Rangoon Lunatic Asylum 1878-1892 - 1878-1892
Year: 1878
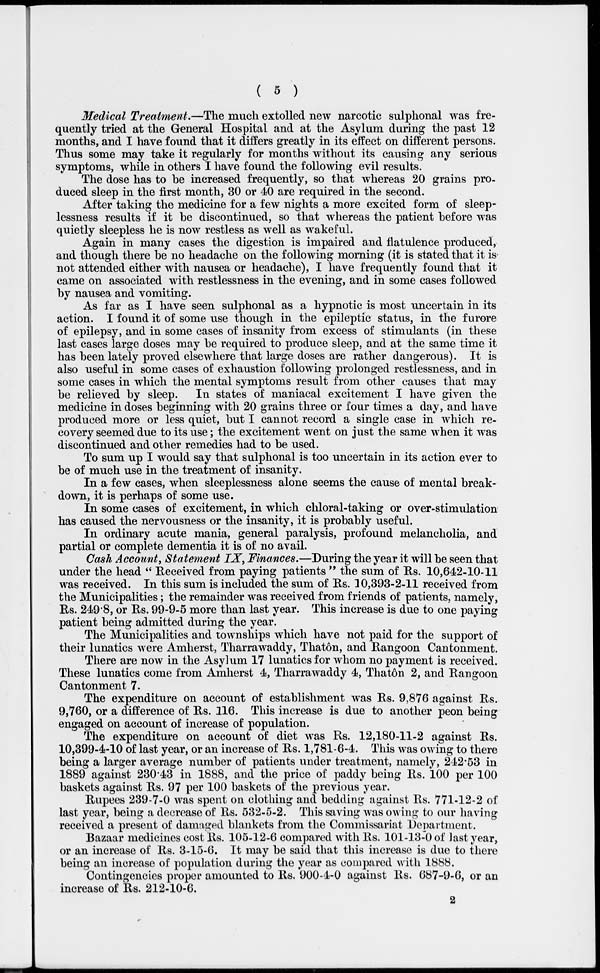
( 5 )
Medical Treatment.—The much extolled new narcotic sulphonal was fre-
quently tried at the General Hospital and at the Asylum during the past 12
months, and I have found that it differs greatly in its effect on different persons.
Thus some may take it regularly for months without its causing any serious
symptoms, while in others I have found the following evil results.
The dose has to be increased frequently, so that whereas 20 grains pro-
duced sleep in the first month, 30 or 40 are required in the second.
After taking the medicine for a few nights a more excited form of sleep-
lessness results if it be discontinued, so that whereas the patient before was
quietly sleepless he is now restless as well as wakeful.
Again in many cases the digestion is impaired and flatulence produced,
and though there be no headache on the following morning (it is stated that it is-
not attended either with nausea or headache), I have frequently found that it
came on associated with restlessness in the evening, and in some cases followed
by nausea and vomiting.
As far as I have seen sulphonal as a hypnotic is most uncertain in its
action. I found it of some use though in the epileptic status, in the furore
of epilepsy, and in some cases of insanity from excess of stimulants (in these
last cases large doses may be required to produce sleep, and at the same time it
has been lately proved elsewhere that large doses are rather dangerous). It is
also useful in some cases of exhaustion following prolonged restlessness, and in
some cases in which the mental symptoms result from other causes that may
be relieved by sleep. In states of maniacal excitement I have given the
medicine in doses beginning with 20 grains three or four times a day, and have
produced more or less quiet, but I cannot record a single case in which re-
covery seemed due to its use; the excitement went on just the same when it was
discontinued and other remedies had to be used.
To sum up I would say that sulphonal is too uncertain in its action ever to
be of much use in the treatment of insanity.
In a few cases, when sleeplessness alone seems the cause of mental break-
down, it is perhaps of some use.
In some cases of excitement, in which chloral-taking or over-stimulation
has caused the nervousness or the insanity, it is probably useful.
In ordinary acute mania, general paralysis, profound melancholia, and
partial or complete dementia it is of no avail.
Cash Account, Statement IX, Finances.—During the year it will be seen that
under the head " Received from paying patients " the sum of Rs. 10,642-10-11
was received. In this sum is included the sum of Rs. 10,393-2-11 received from
the Municipalities; the remainder was received from friends of patients, namely,
Rs. 249.8, or Rs. 99-9-5 more than last year. This increase is due to one paying
patient being admitted during the year.
The Municipalities and townships which have not paid for the support of
their lunatics were Amherst, Tharrawaddy, Thatôn, and Rangoon Cantonment.
There are now in the Asylum 17 lunatics for whom no payment is received.
These lunatics come from Amherst 4, Tharrawaddy 4, Thatôn 2, and Rangoon
Cantonment 7.
The expenditure on account of establishment was Rs. 9,876 against Rs.
9,760, or a difference of Rs. 116. This increase is due to another peon being
engaged on account of increase of population.
The expenditure on account of diet was Rs. 12,180-11-2 against Rs.
10,399-4-10 of last year, or an increase of Rs. 1,781-6-4. This was owing to there
being a larger average number of patients under treatment, namely, 242.53 in
1889 against 230.43 in 1888, and the price of paddy being Rs. 100 per 100
baskets against Rs. 97 per 100 baskets of the previous year.
Rupees 239-7-0 was spent on clothing and bedding against Rs. 771-12-2 of
last year, being a decrease of Rs. 532-5-2. This saving was owing to our having
received a present of damaged blankets from the Commissariat Department.
Bazaar medicines cost Rs. 105-12-6 compared with Rs. 101-13-0 of last year,
or an increase of Rs. 3-15-6. It may be said that this increase is due to there
being an increase of population during the year as compared with 1888.
Contingencies proper amounted to Rs. 900-4-0 against Rs. 687-9-6, or an
increase of Rs. 212-10-6.
2